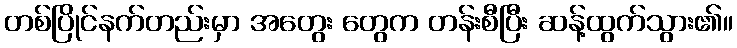
တစ်ပြိုင်နက်တည်းမှာ အတွေး တွေက တန်းစီပြီး ဆန့်ထွက်သွား၏။